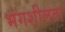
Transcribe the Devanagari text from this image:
भंगशीलता